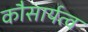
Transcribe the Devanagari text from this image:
कौसार्यत्व